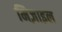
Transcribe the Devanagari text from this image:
मिज़ाइल